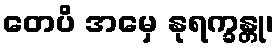
တေပိ အမှေ နုရက္ခန္တု၊